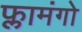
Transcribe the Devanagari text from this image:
फ्लामंगो